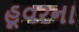
હૂવરના